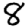
Digit: 8